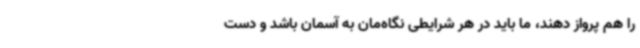
را هم پرواز دهند، ما باید در هر شرایطی نگاه‌مان به آسمان باشد و دست